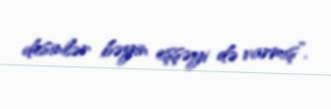
desinlər bəyin eşşəyi də varmış”.